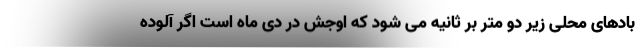
بادهای محلی زیر دو متر بر ثانیه می شود که اوجش در دی ماه است اگر آلوده